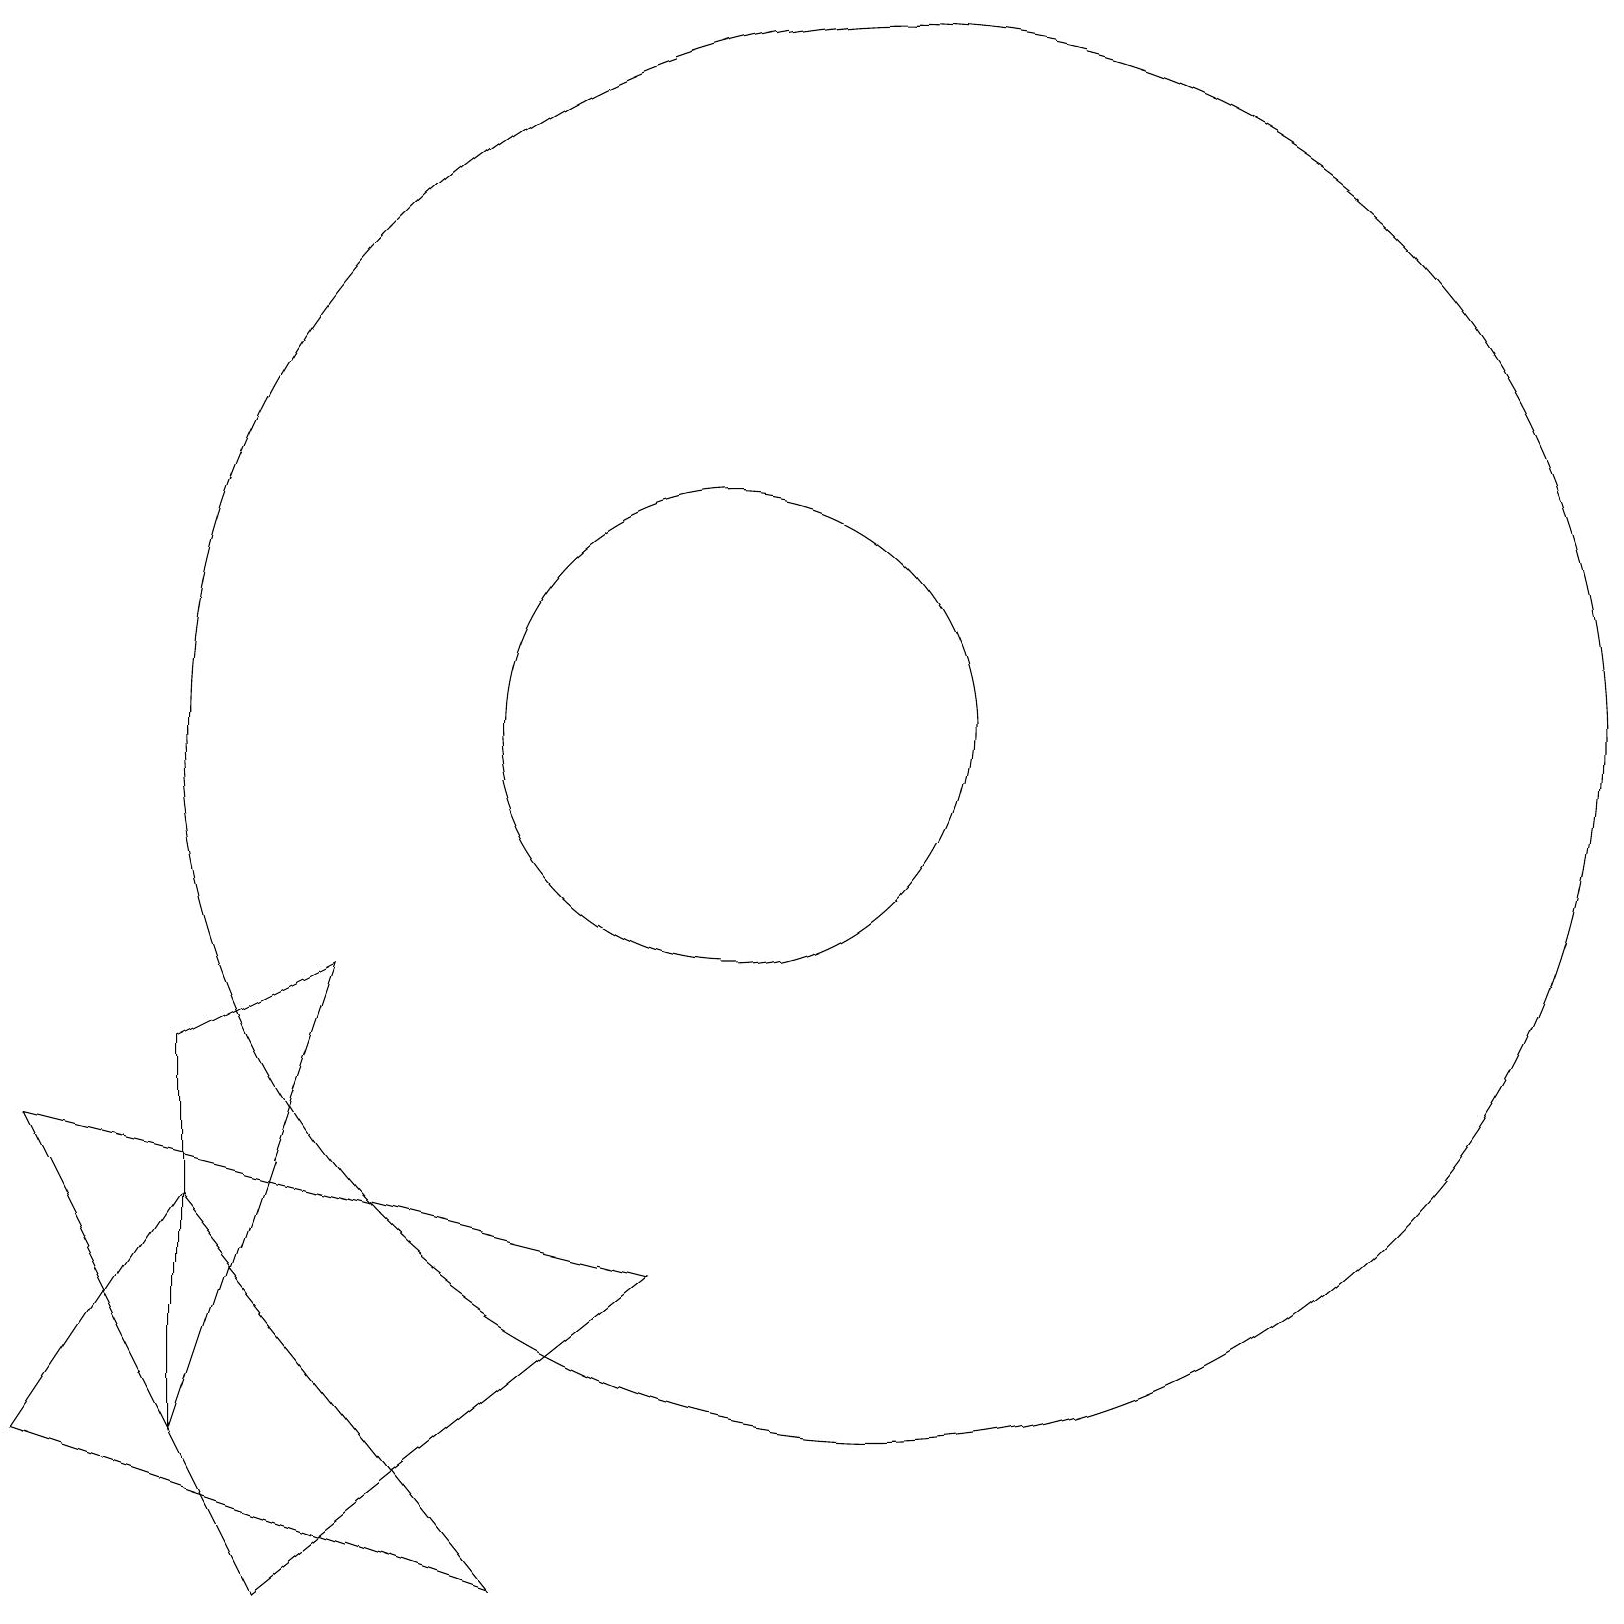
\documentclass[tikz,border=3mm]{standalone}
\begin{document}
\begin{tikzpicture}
\draw (10,11) circle (3);
\draw (1,2) -- (3,5) -- (7,0) -- cycle;
\draw (4,0) -- (9,4) -- (1,6) -- cycle;
\draw (5,8) -- (3,7) -- (3,2) -- cycle;
\draw (12,11) circle (9);
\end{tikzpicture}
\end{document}